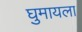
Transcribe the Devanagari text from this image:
घुमायला